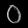
Digit: ၀